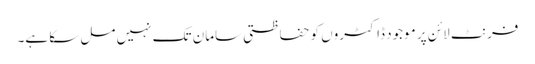
فرنٹ لائن پر موجود ڈاکٹروں کو حفاظتی سامان تک نہیں مل سکا ہے۔